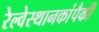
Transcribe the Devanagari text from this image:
रेल्वेस्थानकांपैकी